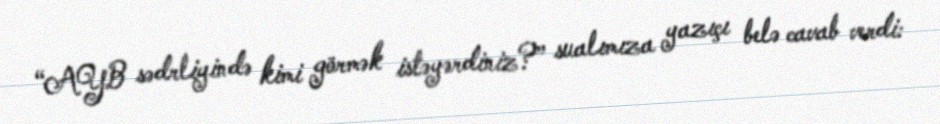
“AYB sədrliyində kimi görmək istəyərdiniz?” sualımıza yazıçı belə cavab verdi: